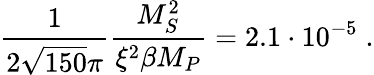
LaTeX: {\frac{1}{2\sqrt{150}\pi}}{\frac{M_{S}^{2}}{\xi^{2}\beta M_{P}}}=2.1\cdot 10^{-5}\; .